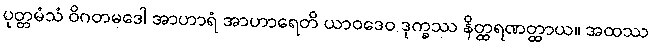
ပုတ္တမံသံ ဝိဂတမဒေါ အာဟာရံ အာဟာရေတိ ယာဝဒေဝ ဒုက္ခဿ နိတ္ထရဏတ္ထာယ။ အထဿ